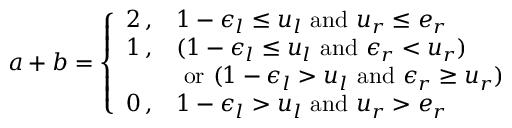
a + b = \left\{ \begin{array} { l l } { 2 \, , } & { 1 - \epsilon _ { l } \leq u _ { l } \mathrm { ~ a n d ~ } u _ { r } \leq e _ { r } } \\ { 1 \, , } & { ( 1 - \epsilon _ { l } \leq u _ { l } \mathrm { ~ a n d ~ } \epsilon _ { r } < u _ { r } ) } \\ { ~ } & { \mathrm { ~ o r ~ } ( 1 - \epsilon _ { l } > u _ { l } \mathrm { ~ a n d ~ } \epsilon _ { r } \geq u _ { r } ) } \\ { 0 \, , } & { 1 - \epsilon _ { l } > u _ { l } \mathrm { ~ a n d ~ } u _ { r } > e _ { r } } \end{array} \right.